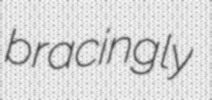
bracingly